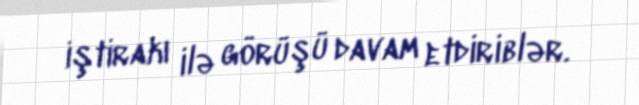
iştirakı ilə görüşü davam etdiriblər.